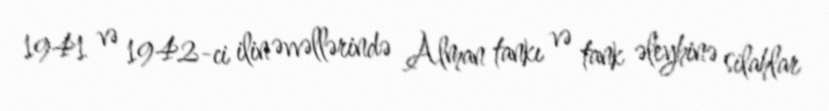
1941 və 1942-ci ilin əvvəllərində Alman tankı və tank əleyhinə silahlar